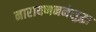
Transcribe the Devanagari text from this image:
नारायणननेसुद्धा